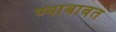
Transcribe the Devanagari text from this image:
ण्याबाबत